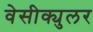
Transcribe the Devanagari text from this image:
वेसीक्युलर